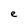
Character: e